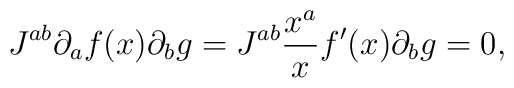
J^{ab}\partial_a f(x) \partial_b g = J^{ab} \frac{x^a}{x}f'(x) \partial_bg=0,